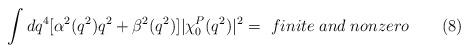
LaTeX: \begin{align*}\int dq^4[\alpha ^2(q^2)q^2+\beta ^2(q^2)]|\chi_0^P(q^2)|^2=~finite\;and\;nonzero\qquad (8)\end{align*}